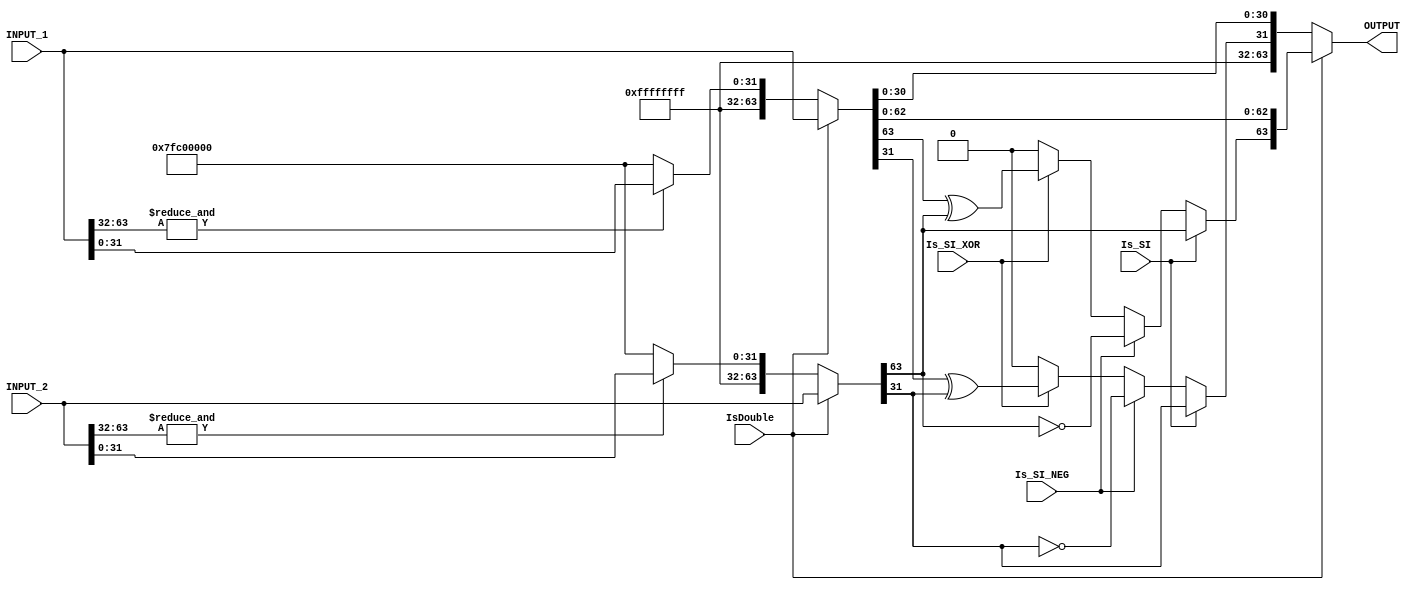
//******************************************************************************
// Copyright (c) 2018 - 2023, Indian Institute of Science, Bangalore.
// All Rights Reserved. See LICENSE for license details.
//------------------------------------------------------------------------------

// Contributors // Manish Kumar(manishkumar5@iisc.ac.in), Shubham Yadav(shubhamyadav@iisc.ac.in)
// Sajin S (sajins@alum.iisc.ac.in), Shubham Sunil Garag (shubhamsunil@alum.iisc.ac.in)
// Anuj Phegade (anujphegade@alum.iisc.ac.in), Deepshikha Gusain (deepshikhag@alum.iisc.ac.in)
// Ronit Patel (ronitpatel@alum.iisc.ac.in), Vishal Kumar (vishalkumar@alum.iisc.ac.in)
// Kuruvilla Varghese (kuru@iisc.ac.in)
//******************************************************************************
`timescale 1ns/1ps

(* keep_hierarchy = "yes" *)
module FSGNJ
(
    input  wire [63:0]  INPUT_1,
    input  wire [63:0]  INPUT_2,
    input  wire         IsDouble,
    input  wire         Is_SI,
    input  wire         Is_SI_NEG,
    input  wire         Is_SI_XOR,
    output reg  [63:0]  OUTPUT
);


//Check for whether INPUT_1 is boxed for Single FP
wire [63:0] INPUT1 = IsDouble ? INPUT_1 : (&INPUT_1[63:32] ? {{32{1'b1}}, INPUT_1[31:0]} : 64'hffffffff7fc00000);
wire [63:0] INPUT2 = IsDouble ? INPUT_2 : (&INPUT_2[63:32] ? {{32{1'b1}}, INPUT_2[31:0]} : 64'hffffffff7fc00000);

reg sign;
always @(*) begin
    if(IsDouble) begin
        if(Is_SI)
            sign = INPUT2[63];
        else if(Is_SI_NEG)
            sign = ~INPUT2[63];
        else if(Is_SI_XOR)
            sign = INPUT1[63] ^ INPUT2[63];
        else
            sign = 1'b0;

        OUTPUT = {sign,INPUT1[62:0]};
    end
    else begin
        if(Is_SI)
            sign = INPUT2[31];
        else if(Is_SI_NEG)
            sign = ~INPUT2[31];
        else if(Is_SI_XOR)
            sign = INPUT1[31] ^ INPUT2[31];
        else
            sign = 1'b0;

        OUTPUT = {{32{1'b1}},sign,INPUT1[30:0]};
    end
end
endmodule